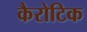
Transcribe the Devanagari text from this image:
कैरोटिक